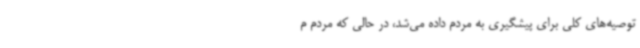
توصیه‌های کلی برای پیشگیری به مردم داده می‌شد، در حالی‌ که مردم م